Leaving Certificate Examination (including Day School Certificate (Higher) General paper), 1939
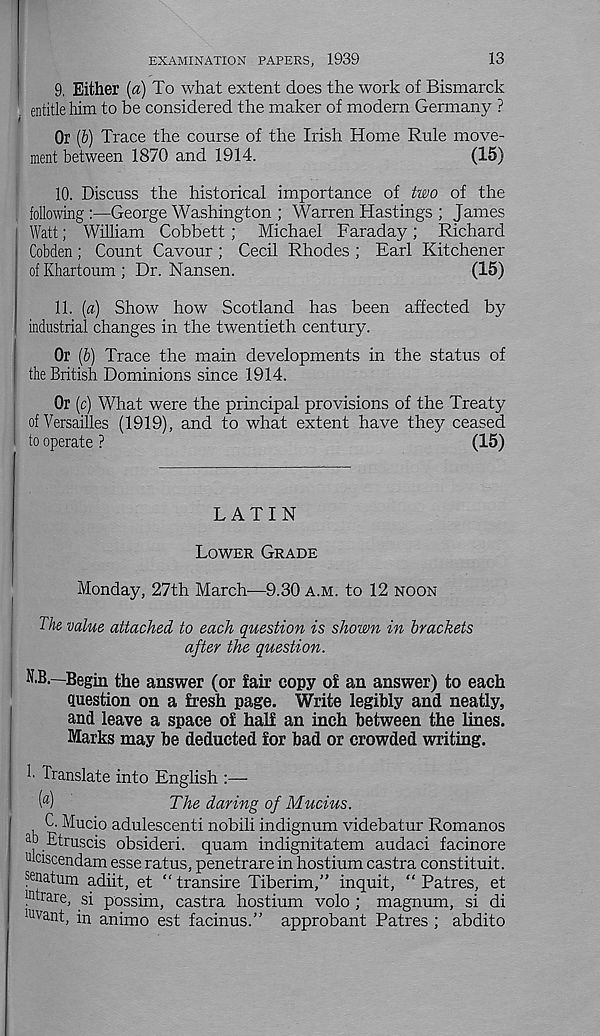
13
EXAMINATION PAPERS, 1939
9. Either (a) To what extent does the work of Bismarck
entitle him to be considered the maker of modern Germany ?
Or (&) Trace the course of the Irish Home Rule move-
ment between 1870 and 1914.
(15)
10. Discuss the historical importance of two of the
following:—George Washington ; Warren Hastings ; James
Watt; William Cobbett ; Michael Faraday; Richard
Cobden; Count Cavour ; Cecil Rhodes ; Earl Kitchener
of Khartoum ; Dr. Nansen.
(15)
11. (a) Show how Scotland has been affected by
industrial changes in the twentieth century.
Or (b) Trace the main developments in the status of
the British Dominions since 1914.
Or (c) What were the principal provisions of the Treaty
of Versailles (1919), and to what extent have they ceased
to operate ?
(15)
LATIN
LOWER GRADE
Monday, 27th March—9.30 A.M. to 12 NOON
The value attached to each question is shown in brackets
after the question.
N.B.—Begin the answer (or fair copy of an answer) to each
question on a fresh page. Write legibly and neatly,
and leave a space of half an inch between the lines.
Marks may be deducted for bad or crowded writing.
h Translate into English
( a )
The daring of Mucius.
C. Mucio adulescenti nobili indignum videbatur Romanos
i .Etruscis obsideri. quam indignitatem audaci facinore
ufciscendam esse ratus, penetrare in hostium castra constituit.
Sf£ natum adiit, et “ transire Tiberim,” inquit, “ Patres, et
. ra re, si possim, castra hostium volo ; magnum, si di
wvant, in animo est facinus.” approbant Patres ; abdito